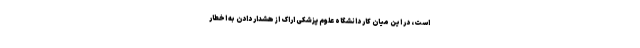
است، در این میان کار دانشگاه علوم پزشکی اراک از هشدار دادن به اخطار